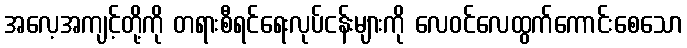
အလေ့အကျင့်တို့ကို တရားစီရင်ရေးလုပ်ငန်းများကို လေဝင်လေထွက်ကောင်းစေသော